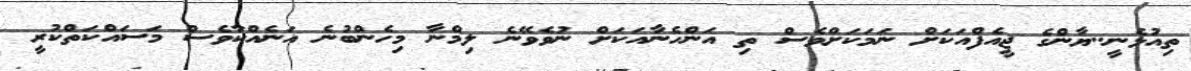
ތިއުޅެނީ..ޔާންގެ ޖީއެފްއަކަށް ނަމަކަށްވެސް ތި އަންހެނާއަކަށް ނުވެވޭނެ ލިމްނާ މިހެންބުނެ އަނެއްކާވެސް މަސައްކަތްކުރީ